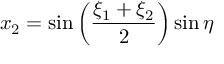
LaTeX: x _ { 2 } = \sin \left( { \frac { \xi _ { 1 } + \xi _ { 2 } } { 2 } } \right) \sin \eta